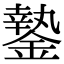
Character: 䥍